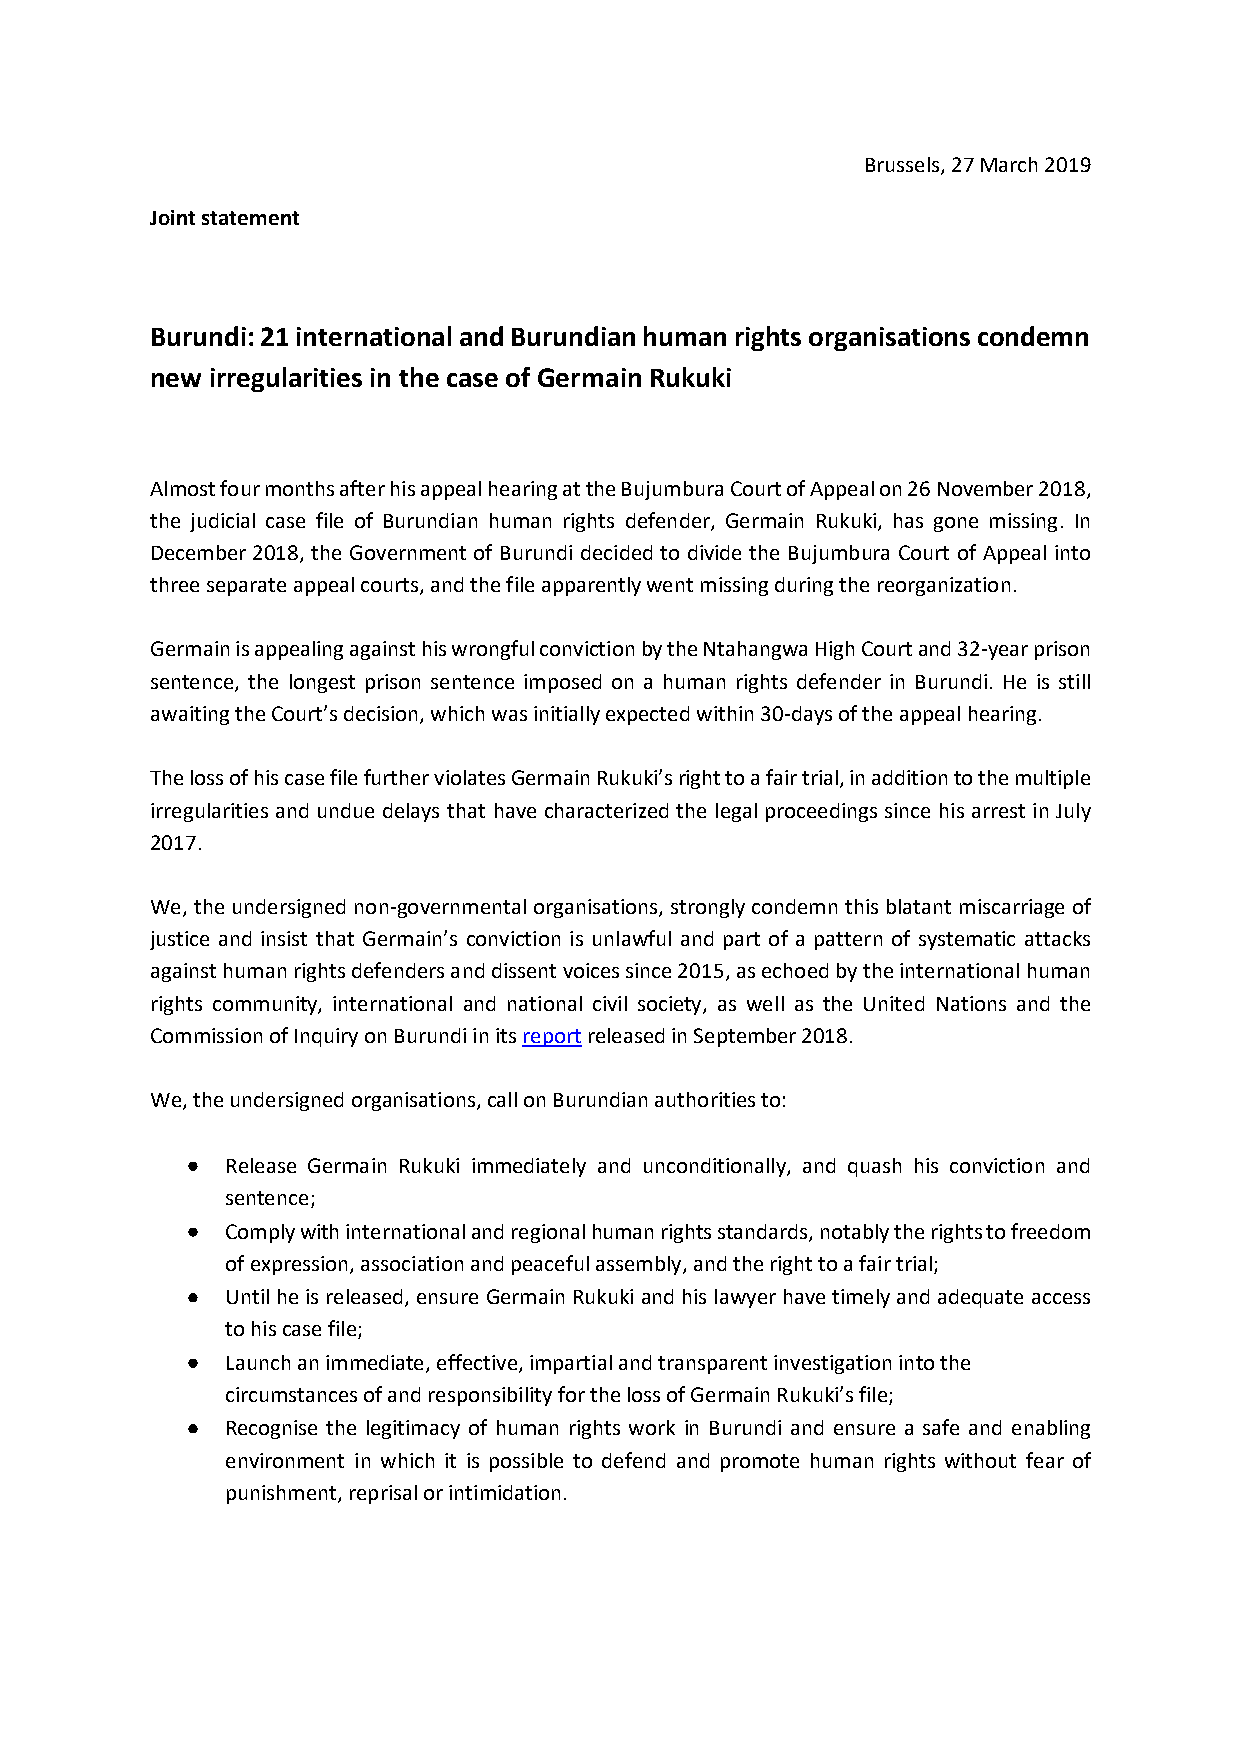
Brussels, 27 March 2019
 Joint statement
 Burundi: 21 international and Burundian human rights organisations condemn
 new irregularities in the case of Germain Rukuki
 Almost four months after his appeal hearing at the Bujumbura Court of Appeal on 26 November 2018,
 the judicial case file of Burundian human rights defender, Germain Rukuki, has gone missing. In
 December 2018, the Government of Burundi decided to divide the Bujumbura Court of Appeal into
 three separate appeal courts, and the file apparently went missing during the reorganization.
 Germain is appealing against his wrongful conviction by the Ntahangwa High Court and 32-year prison
 sentence, the longest prison sentence imposed on a human rights defender in Burundi. He is still
 awaiting the Court’s decision, which was initially expected within 30-days of the appeal hearing.
 The loss of his case file further violates Germain Rukuki’s right to a fair trial, in addition to the multiple
 irregularities and undue delays that have characterized the legal proceedings since his arrest in July
 2017.
 We, the undersigned non-governmental organisations, strongly condemn this blatant miscarriage of
 justice and insist that Germain’s conviction is unlawful and part of a pattern of systematic attacks
 against human rights defenders and dissent voices since 2015, as echoed by the international human
 rights community, international and national civil society, as well as the United Nations and the
 Commission of Inquiry on Burundi in its report released in September 2018.
 We, the undersigned organisations, call on Burundian authorities to:
 •  Release Germain Rukuki immediately and unconditionally, and quash his conviction and
 sentence;
 •  Comply with international and regional human rights standards, notably the rights to freedom
 of expression, association and peaceful assembly, and the right to a fair trial;
 •  Until he is released, ensure Germain Rukuki and his lawyer have timely and adequate access
 to his case file;
 •  Launch an immediate, effective, impartial and transparent investigation into the
 circumstances of and responsibility for the loss of Germain Rukuki’s file;
 •  Recognise the legitimacy of human rights work in Burundi and ensure a safe and enabling
 environment in which it is possible to defend and promote human rights without fear of
 punishment, reprisal or intimidation.